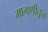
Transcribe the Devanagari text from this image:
मागणीतून